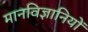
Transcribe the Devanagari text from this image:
मानविज्ञानियों